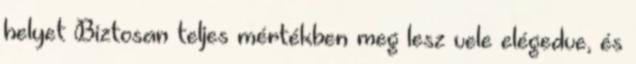
helyet Biztosan teljes mértékben meg lesz vele elégedve, és